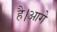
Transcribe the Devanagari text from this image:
है।आगे